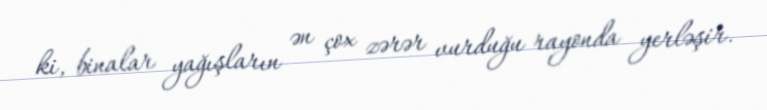
ki, binalar yağışların ən çox zərər vurduğu rayonda yerləşir.